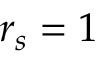
r _ { s } = 1